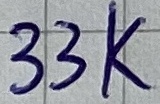
Text: 33K